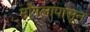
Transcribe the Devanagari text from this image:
मोंगलापासून